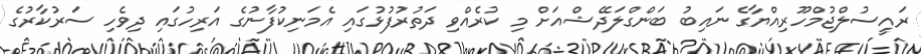
ރައީސުލްޖުމްހޫރިއްޔާގެ ނައިބު ބަންގްލަދޭޝްއަށް މި ކުރެއްވި ދަތުރުފުޅުގައި އެމަނިކުފާނުގެ އަރިހުގައި ދިވެހި ސަރުކާރުގެ